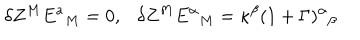
LaTeX: \delta Z ^ { M } E ^ { a } { } _ { M } = 0 , \delta Z ^ { M } E ^ { \alpha } { } _ { M } = \kappa ^ { \beta } ( 1 + \Gamma ) ^ { \alpha } { } _ { \beta }